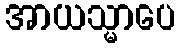
အာယသ္မာပေ